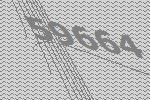
59664